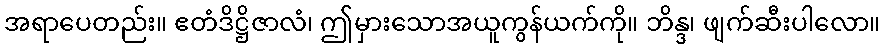
အရာပေတည်း။ ဧတံဒိဋ္ဌိဇာလံ၊ ဤမှားသောအယူကွန်ယက်ကို။ ဘိန္ဒ၊ ဖျက်ဆီးပါလော။